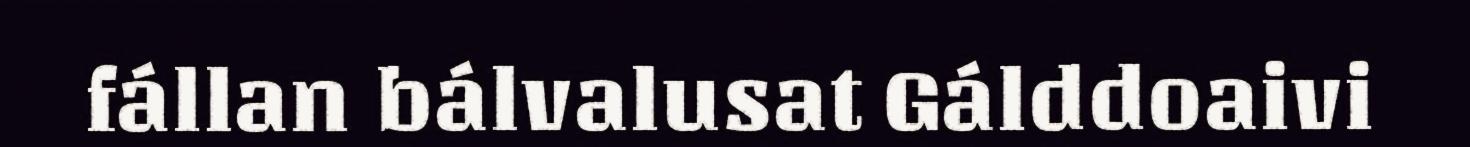
fállan bálvalusat Gálddoaivi